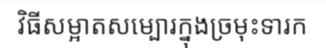
វិធីសម្អាតសម្បោរក្នុងច្រមុះទារក